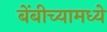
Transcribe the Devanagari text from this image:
बेंबीच्यामध्ये